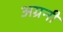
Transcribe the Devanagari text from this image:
अग्रनी